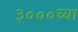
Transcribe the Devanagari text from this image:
३०००च्या